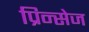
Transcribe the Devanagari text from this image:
प्रिन्सेज